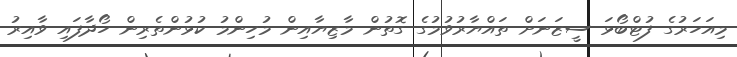
މިއަހަރުގެ ފުޓްބޯޅަ ސީޒަނަށް ތައްޔާރުވުމުގެ ގޮތުން މާޒިޔާއިން މުހިންމު ކުޅުންތެރިން ހޯދާފައި ވާއިރު